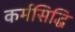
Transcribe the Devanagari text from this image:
कर्मसिद्धि